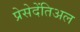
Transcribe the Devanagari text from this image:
प्रेसेदेंतिअल